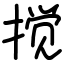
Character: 搅